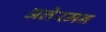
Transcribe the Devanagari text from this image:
अलेरमन